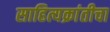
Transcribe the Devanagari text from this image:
साहित्यक्रांतीचा